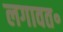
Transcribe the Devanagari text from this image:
लगावत॰